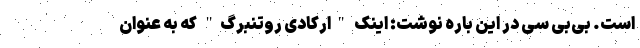
است. بی‌بی سی در این باره نوشت: اینک "ارکادی روتنبرگ" که به عنوان